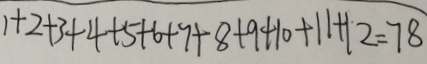
1 + 2 + 3 + 4 + 5 + 6 + 7 + 8 + 9 + 1 0 + 1 1 + 1 2 = 7 8